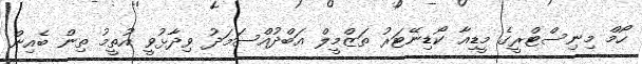
ހޯމް މިނިސްޓްރީގެ މީޑިއާ ކޯޑިނޭޓަރު ތަޒްމީލް އަބްދުއްސަމަދު ވިދާޅުވީ އުތީމު ތިން ބެއިން